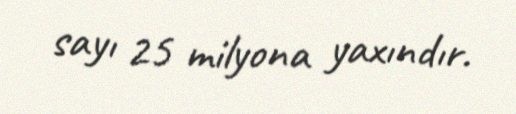
sayı 25 milyona yaxındır.